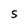
Character: S